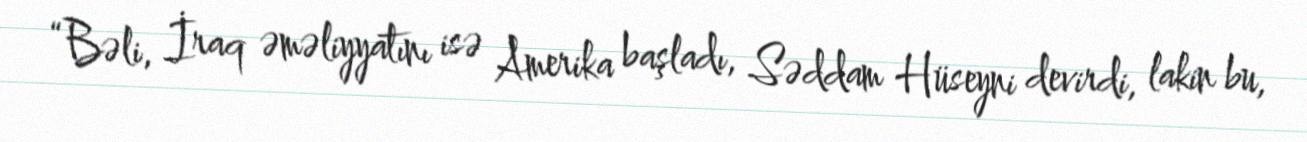
“Bəli, İraq əməliyyatını isə Amerika başladı, Səddam Hüseyni devirdi, lakin bu,